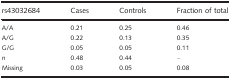
| rs43032684 | Cases | Controls | Fraction of total |
 | --- | --- | --- | --- |
 | A/A | 0.21 | 0.25 | 0.46 |
 | A/G | 0.22 | 0.13 | 0.35 |
 | G/G | 0.05 | 0.05 | 0.11 |
 | n | 0.48 | 0.44 | – |
 | Missing | 0.03 | 0.05 | 0.08 |